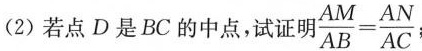
(2)若点D是BC的中点，试证明 $$\frac { A M } { A B } = \frac { A N } { A C }$$